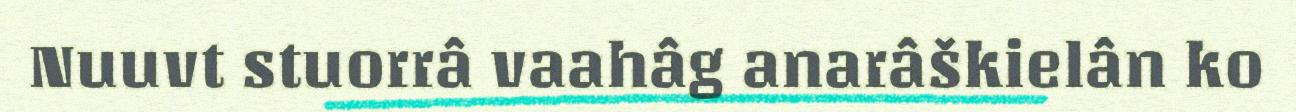
Nuuvt stuorrâ vaahâg anarâškielân ko